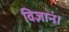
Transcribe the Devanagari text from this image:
विज्ञानं।